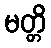
မတ္တိ